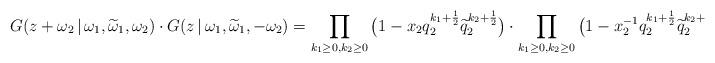
LaTeX: \begin{align*}G(z+\omega_2\,|\,\omega_1,\widetilde\omega_1,\omega_2)\cdot G(z\,|\,\omega_1,\widetilde\omega_1,-\omega_2)= \prod_{k_1\geq 0, k_2\geq 0} \big(1-x_2 q_2^{k_1+\frac{1}{2}}\widetilde{q}_2^{k_2+\frac{1}{2}}\big)\cdot\prod_{k_1\geq 0, k_2\geq 0} \big(1-x_2^{-1} q_2^{k_1+\frac{1}{2}}\widetilde{q}_2^{k_2+\frac{1}{2}}\big).\end{align*}